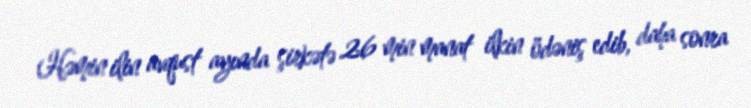
Həmin ilin avqust ayında şirkətə 26 min manat ilkin ödəniş edib, daha sonra